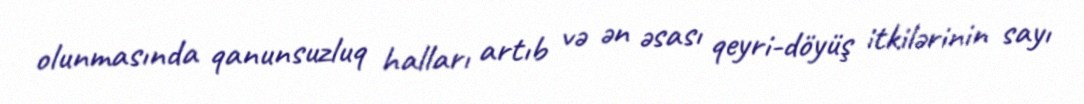
olunmasında qanunsuzluq halları artıb və ən əsası qeyri-döyüş itkilərinin sayı